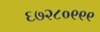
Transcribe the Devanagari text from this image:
६७२८०९९९